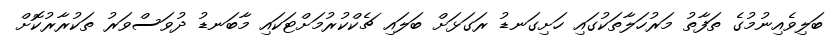
ބަލިވެއިނުމުގެ ތަފާތު މަރުހަލާތަކުގައި ހަށިގަނޑު ރަގަޅަށް ބަލައި ޗެކްކުރުމަށްޓަކައި މާބަނޑު ދުވަސްވަރު ތަކުރާރުކޮށް